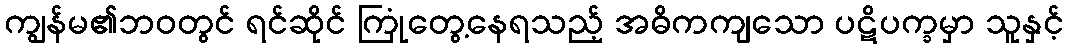
ကျွန်မ၏ဘဝတွင် ရင်ဆိုင် ကြုံတွေ့နေရသည့် အဓိကကျသော ပဋိပက္ခမှာ သူနှင့်